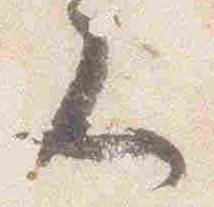
又